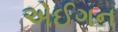
એઈગન